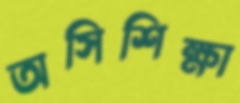
অসিশিক্ষা